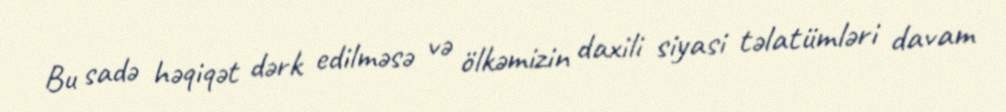
Bu sadə həqiqət dərk edilməsə və ölkəmizin daxili siyasi təlatümləri davam